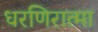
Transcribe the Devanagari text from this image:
धरणिरात्मा